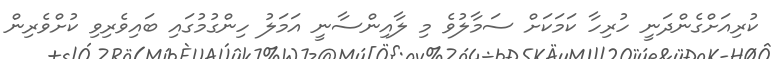
ކުރިއަށްގެންދަނީ ހުރިހާ ކަމަކަށް ސަމާލުވެ މި ލާއިންސާނީ އަމަލު ހިންގުމުގައި ބައިވެރިވި ކުށްވެރިން